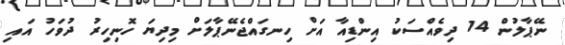
ނޭޕާލުން 14 ދިވެއްސަކު އިންޑިއާ އަށް ހިނގައްޖެނޭޕާލަށް މިދިޔަ ހޮނިހިރު ދުވަހު އައި